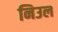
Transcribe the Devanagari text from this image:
निउल